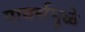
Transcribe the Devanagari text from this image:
पार्क्समुळे